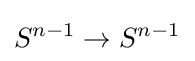
S^{n-1}\to S^{n-1}